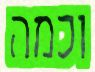
וכמה